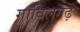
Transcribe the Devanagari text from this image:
गाविलगढ़